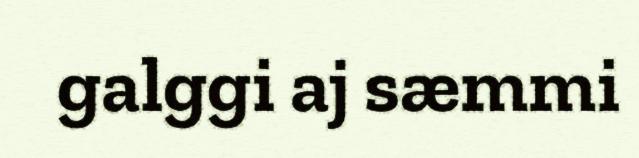
galggi aj sæmmi